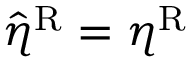
\hat { \eta } ^ { \mathrm { R } } = \eta ^ { \mathrm { R } }